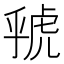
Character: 𮓦